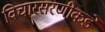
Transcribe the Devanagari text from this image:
विचारसरणीकडे